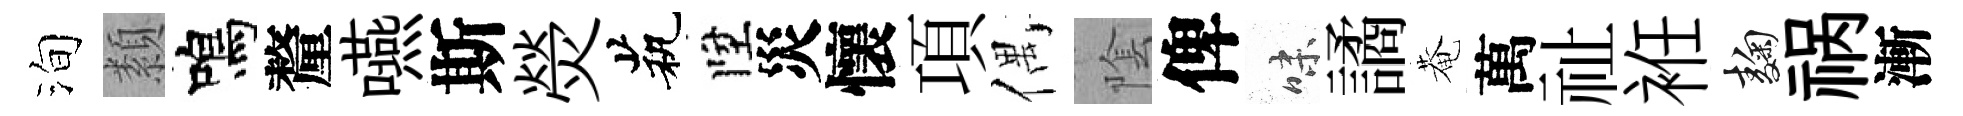
洵纇鳴釐嚥斯熒茕陞災懷項偶隂俾味譎菴萬祉袵麹祸漸